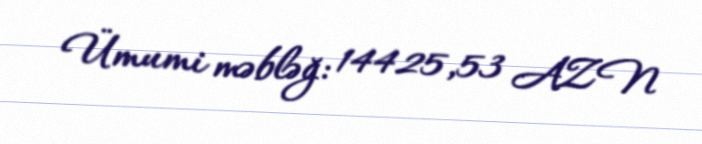
Ümumi məbləğ: 14425,53 AZN